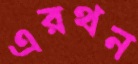
এরথন